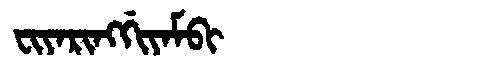
Manchu: ᠸᡳᠶᠠᡵᡳᠩᡤᡳᠶᠠᠮᠪᡳ
Romanization: FIYARINGGIYAMBI